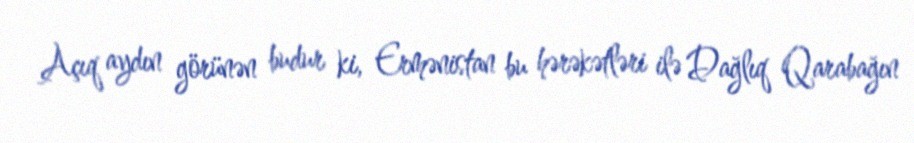
Açıq aydın görünən budur ki, Ermənistan bu hərəkətləri ilə Dağlıq Qarabağın